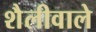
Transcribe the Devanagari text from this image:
शैलीवाले